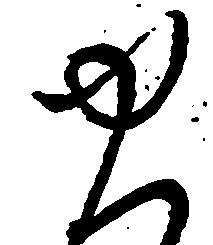
ゆ